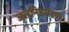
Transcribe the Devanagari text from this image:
जलनिस्सरण